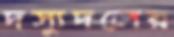
দস্যুদলের